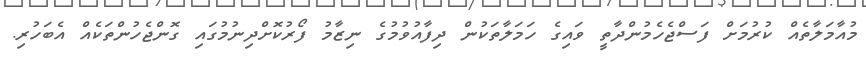
މުއާމަލާތެއް ކުރުމަށް ފަސްޖެހެމުންދާތީ ވައިގެ ހަމަލާތަކުން ދިފާއުވުމުގެ ނިޒާމު ފޯރުކޮށްދިނުމުގައި ގޮންޖެހުންތަކެއް އެބަހުރި.